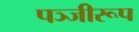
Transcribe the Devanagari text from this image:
पञ्जीरूप